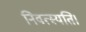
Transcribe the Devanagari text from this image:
निवत्स्यति।